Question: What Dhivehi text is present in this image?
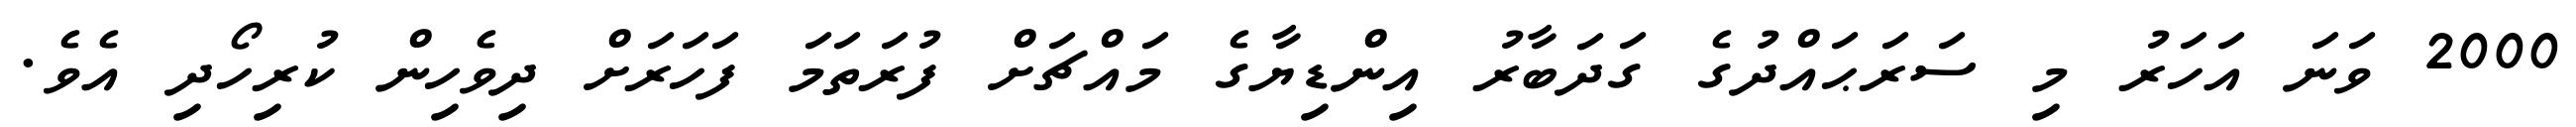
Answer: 2000 ވަނަ އަހަރު މި ސަރަޙައްދުގެ ގަދަބާރު އިންޑިޔާގެ މައްޗަށް ފުރަތަމަ ފަހަރަށް ދިވެހިން ކުރިހޯދި އެވެ.